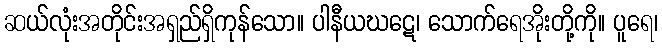
ဆယ်လုံးအတိုင်းအရှည်ရှိကုန်သော။ ပါနီယဃဋေ၊ သောက်ရေအိုးတို့ကို။ ပူရေ၊